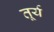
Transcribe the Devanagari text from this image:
तूर्य